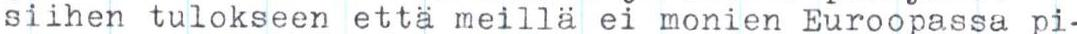
siihen tulokseen että meillä ei monien Euroopassa pi-